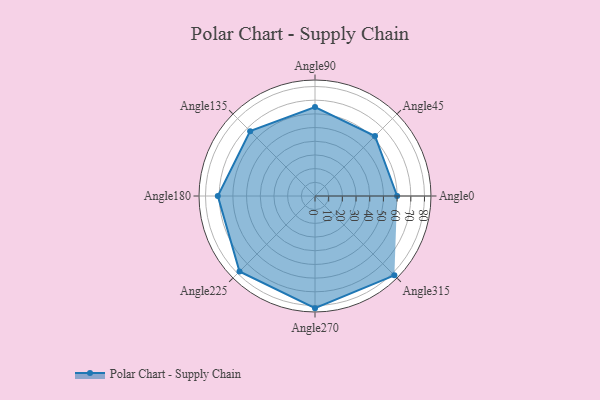
{"axis": {"x": "Angle", "y": "Radius"}, "legend": [""], "data": [{"x": "Angle0", "y": 60.0, "type": ""}, {"x": "Angle45", "y": 62.0, "type": ""}, {"x": "Angle90", "y": 65.0, "type": ""}, {"x": "Angle135", "y": 67.0, "type": ""}, {"x": "Angle180", "y": 71.0, "type": ""}, {"x": "Angle225", "y": 78.0, "type": ""}, {"x": "Angle270", "y": 82.0, "type": ""}, {"x": "Angle315", "y": 82.0, "type": ""}]}